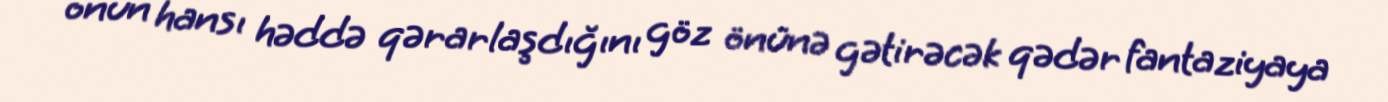
onun hansı həddə qərarlaşdığını göz önünə gətirəcək qədər fantaziyaya